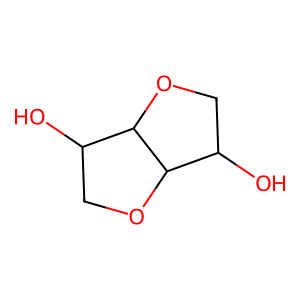
SMILES: OC1COC2C(O)COC12
Inhibits HIV replication: No